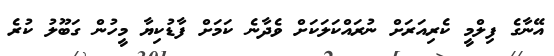
އޭނާގެ ފިލްމީ ކެރިއަރަށް ނުރައްކަލަކަށް ވެދާނެ ކަމަށް ފާޑުކިޔާ މީހުން ގަބޫލު ކުރެ